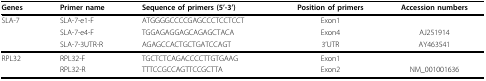
<table><thead><tr><td><b>Genes</b></td><td><b>Primer name</b></td><td><b>Sequence of primers (5’-3’)</b></td><td><b>Position of primers</b></td><td><b>Accession numbers</b></td></tr></thead><tbody><tr><td>SLA-7</td><td>SLA-7-e1-F</td><td>ATGGGGCCCCGAGCCCTCCTCCT</td><td>Exon1</td><td></td></tr><tr><td></td><td>SLA-7-e4-F</td><td>TGGAGAGGAGCAGAGCTACA</td><td>Exon4</td><td>AJ251914</td></tr><tr><td></td><td>SLA-7-3UTR-R</td><td>AGAGCCACTGCTGATCCAGT</td><td>3’UTR</td><td>AY463541</td></tr><tr><td>RPL32</td><td>RPL32-F</td><td>TGCTCTCAGACCCCTTGTGAAG</td><td>Exon1</td><td></td></tr><tr><td></td><td>RPL32-R</td><td>TTTCCGCCAGTTCCGCTTA</td><td>Exon2</td><td>NM_001001636</td></tr></tbody></table>